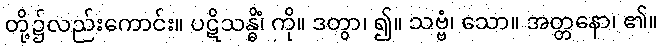
တို့၌လည်းကောင်း။ ပဋိသန္ဓိံ၊ ကို။ ဒတွာ၊ ၍။ သဗ္ဗံ၊ သော။ အတ္တနော၊ ၏။